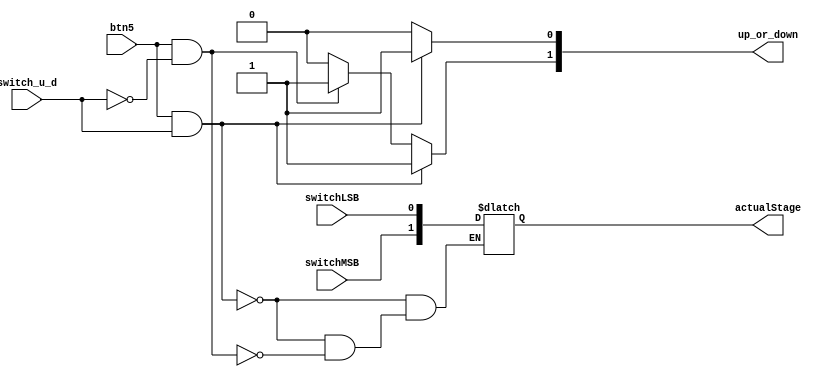
module up_down_button(
    input btn5,
	 input switchLSB,
	 input switchMSB,
    input switch_u_d,
    output [1:0] up_or_down,
	 output [1:0] actualStage
    );
	 
	 
	 reg reg_btn5;
	 reg reg_switch;
	 reg reg_switchLSB;
	 reg reg_switchMSB;
	 reg [1:0] reg_out;
	 reg [1:0] reg_actual_stage;
	 always@(*)begin
		reg_btn5 = btn5;
		reg_switch = switch_u_d;
		reg_switchLSB = switchLSB;
		reg_switchMSB = switchMSB;
		if ((reg_btn5 == 1) & (reg_switch == 1)) //Condicion para subir 11
			begin
				reg_actual_stage[1] = reg_switchMSB;///////
				reg_actual_stage[0] = reg_switchLSB;
				reg_out[1] = 1;
				reg_out[0] = 1;
			end
		else if ((reg_btn5 == 1) & (reg_switch == 0))//Condicion para bajar 10
			begin
				reg_actual_stage[1] = reg_switchMSB;///////
				reg_actual_stage[0] = reg_switchLSB;
				reg_out[1] = 1;
				reg_out[0] = 0;
			end
		else 
			begin // Permanece donde esta 00
				reg_out[1] = 0;
				reg_out[0] = 0;
			end
	end
	 
	 
	 assign up_or_down = reg_out;
	 assign actualStage = reg_actual_stage;


endmodule